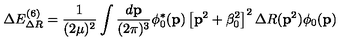
\Delta E _ { \Delta R } ^ { ( 6 ) } = \frac 1 { ( 2 \mu ) ^ { 2 } } \int \frac { d { \bf p } } { ( 2 \pi ) ^ { 3 } } \phi _ { 0 } ^ { * } ( { \bf p } ) \left[ { \bf p } ^ { 2 } + \beta _ { 0 } ^ { 2 } \right] ^ { 2 } \Delta R ( { \bf p } ^ { 2 } ) \phi _ { 0 } ( { \bf p } )